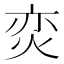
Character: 𭴢